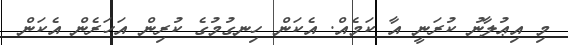
މި އިޢުލާނު ކުރަނީ އާ ކަމެއް. އެކަން ހިނގުމުގެ ކުރިން އަހަރެން އެކަން